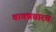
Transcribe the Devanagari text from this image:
वाक्प्रचारच